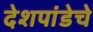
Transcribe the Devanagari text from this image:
देशपांडेचे